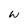
Character: W